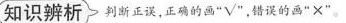
知识辨析 判断正误，正确的画 “√”，错误的画”×”。